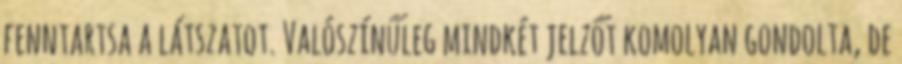
fenntartsa a látszatot. Valószínűleg mindkét jelzőt komolyan gondolta, de